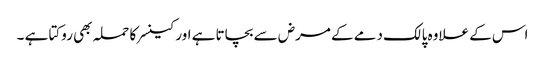
اس کے علاوہ پالک دمے کے مرض سے بچاتا ہے اور کینسر کا حملہ بھی روکتا ہے ۔